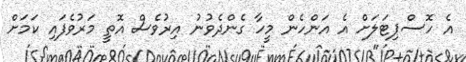
އެ ހޮސްޕިޓަލަށް އެ އަންހެން މީހާ ގެންދެވުނު އިރުވެސް އޮތީ މަރުވެފައި ކަމަށް